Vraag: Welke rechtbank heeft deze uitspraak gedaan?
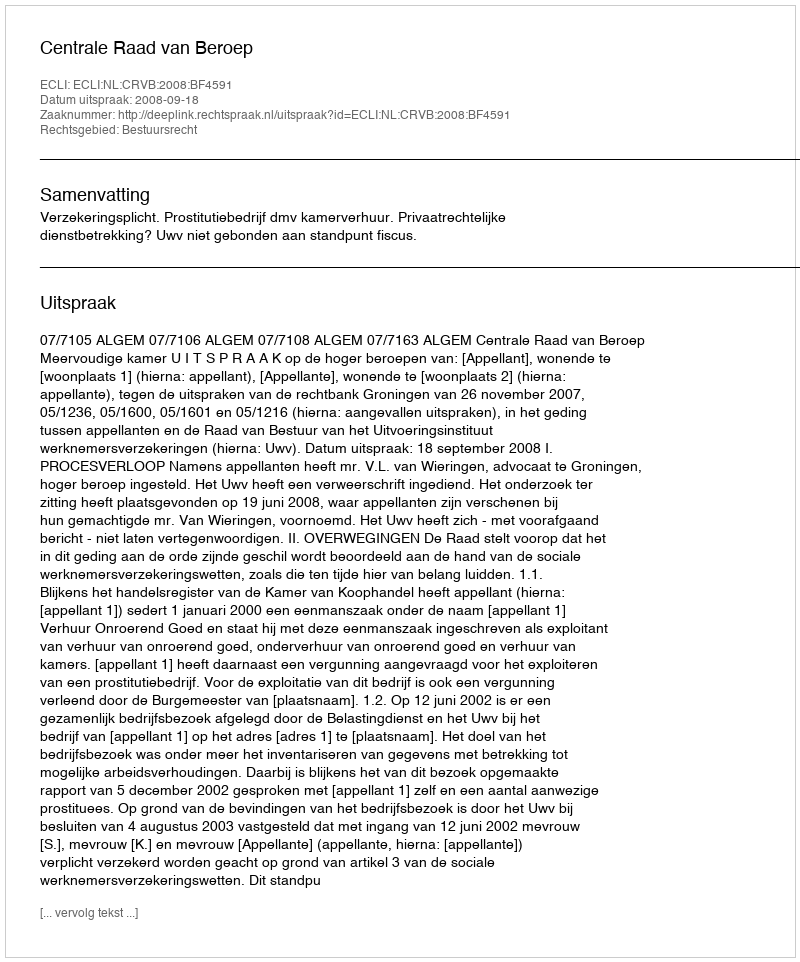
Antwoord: Centrale Raad van Beroep